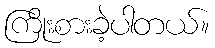
ကြိုးစားခဲ့ပါတယ်။